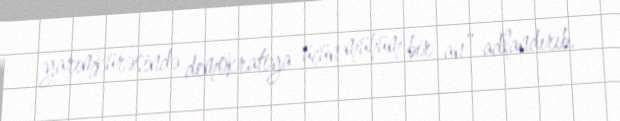
yarımkürəsində demokratiya üçün mühüm bir an” adlandırıb.